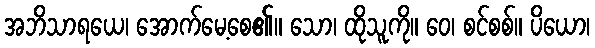
အဘိသာရယေ၊ အောက်မေ့စေ၏။ သော၊ ထိုသူကို။ ဝေ၊ စင်စစ်။ ပိယော၊